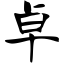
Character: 卓